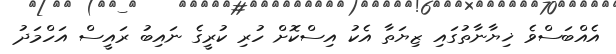
އެއްބަސްވެ ޚިޔާނާތުގައި ޒިޔަތާ އެކު އިސްކޮށް ހުރި ކުރީގެ ނައިބު ރައީސް އަހްމަދު